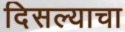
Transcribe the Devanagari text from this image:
दिसल्याचा